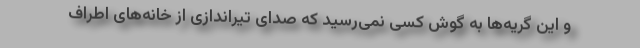
و این گریه‌ها به گوش کسی نمی‌رسید که صدای تیراندازی از خانه‌های اطراف